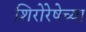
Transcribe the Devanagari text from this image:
शिरोरेषेच्या